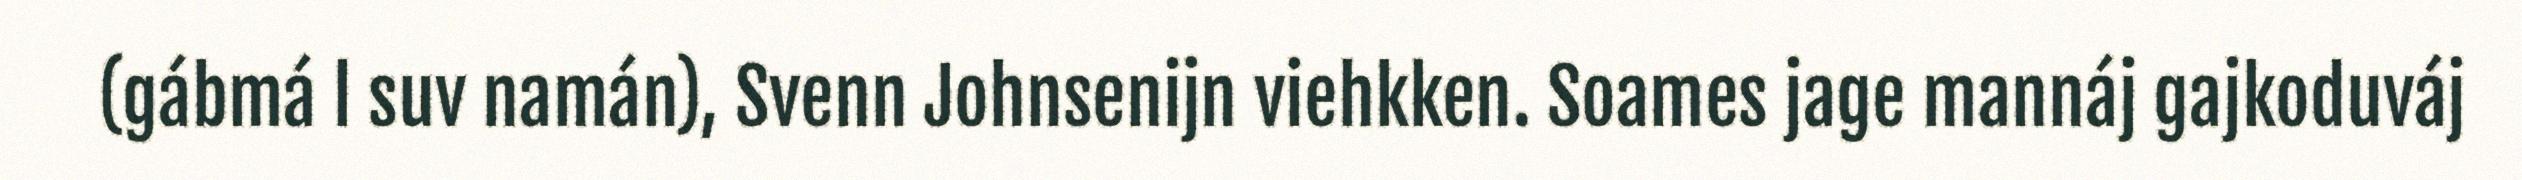
(gábmá l suv namán), Svenn Johnsenijn viehkken. Soames jage mannáj gajkoduváj